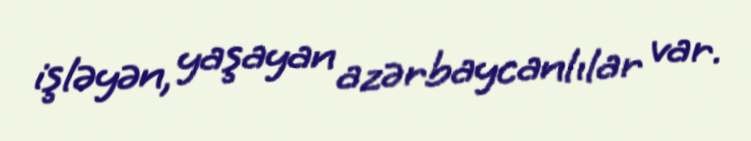
işləyən, yaşayan azərbaycanlılar var.